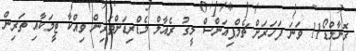
ރޮނާލްޑޯ11 ވަނަ ފަހަރަށް ޗެމްޕިއަންސް ލީގު ރެއާލް މެޑްރިޑަށްތަރިން ވިއްކާ ޓީމަކާއި ތަރިން